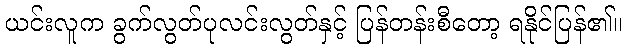
ယင်းလူက ခွက်လွတ်ပုလင်းလွတ်နှင့် ပြန်တန်းစီတော့ ရနိုင်ပြန်၏။